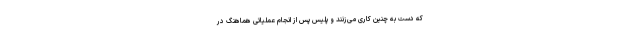
که دست به چنین کاری می‌زنند و پلیس پس از انجام عملیاتی هماهنگ در